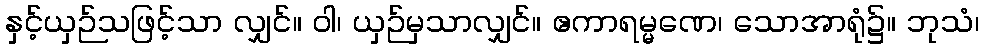
နှင့်ယှဉ်သဖြင့်သာ လျှင်။ ဝါ၊ ယှဉ်မှသာလျှင်။ ဧကာရမ္မဏေ၊ သောအာရုံ၌။ ဘုသံ၊